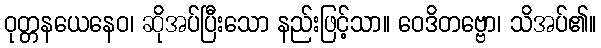
ဝုတ္တနယေနေဝ၊ ဆိုအပ်ပြီးသော နည်းဖြင့်သာ။ ဝေဒိတဗ္ဗော၊ သိအပ်၏။